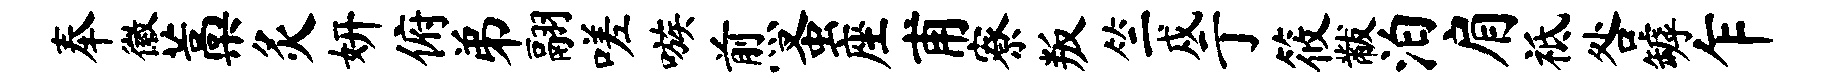
奉徽藁灸妍俯弟翮嗟嗾煎蚤座甫寮叛竺戍亍筱黻泊肩祗咎罅乍